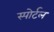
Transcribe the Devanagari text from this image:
स्पोर्टल